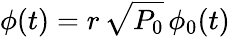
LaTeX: \phi(t)=r\, \sqrt{P_{0}}\, \phi_{0}(t)